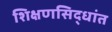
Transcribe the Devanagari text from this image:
शिक्षणसिद्धांत